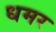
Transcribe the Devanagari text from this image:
धमर